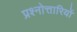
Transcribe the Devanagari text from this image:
प्रश्नोत्तारियों